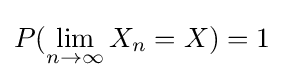
P(\lim _{n\rightarrow \infty }X_{n}=X)=1